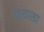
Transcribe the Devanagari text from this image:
थावासा